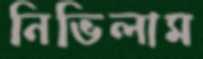
নিভিলাম